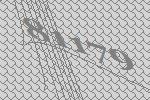
81179